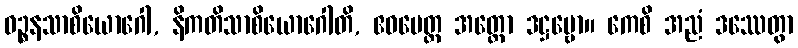
ဝဉ္စနသာစိယောဂေါ, နိကတိသာစိယောဂေါတိ, ဧဝမေတ္ထ အတ္ထော ဒဋ္ဌဗ္ဗော။ ကေစိ အညံ ဒဿေတွာ